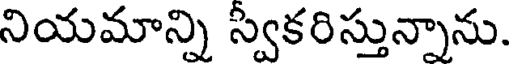
నియమాన్ని స్వకరిస్తున్నాను.